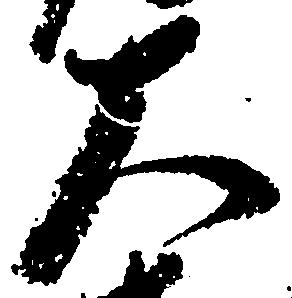
大